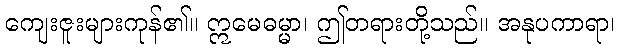
ကျေးဇူးများကုန်၏။ ဣမေဓမ္မာ၊ ဤတရားတို့သည်။ အနုပကာရာ၊